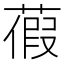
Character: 𦹜